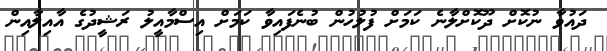
ދައުވާ ނުކޮށް ދޫކޮށްލާނެ ކަމަށް ފުލުހުން ބުނެފައިވާ ކަމަށް އިސްމާއީލު ރަޝީދުގެ އާއިލާއިން